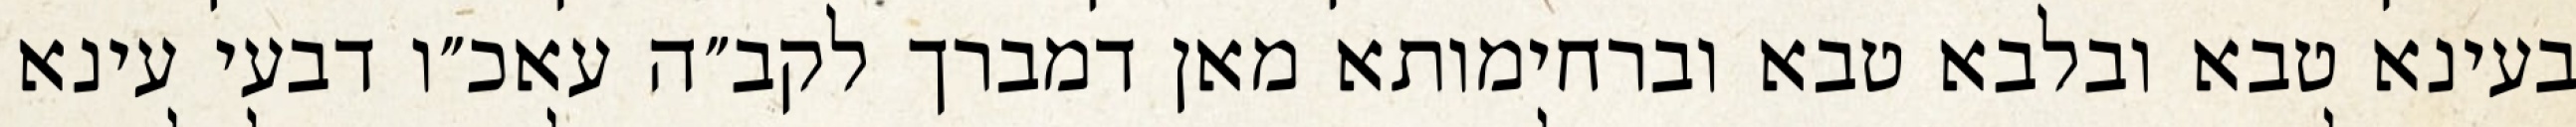
בעינא טבא ובלבא טבא וברחימותא מאן דמברך לקב״ה עאכ״ו דבעי עינא